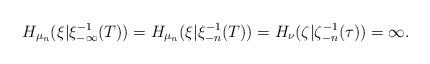
LaTeX: \begin{align*} H_{\mu_n}(\xi|\xi_{-\infty}^{-1}(T))=H_{\mu_n}(\xi|\xi_{-n}^{-1}(T))=H_\nu(\zeta|\zeta_{-n}^{-1}(\tau))=\infty.\end{align*}